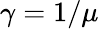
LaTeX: \gamma=1/\mu